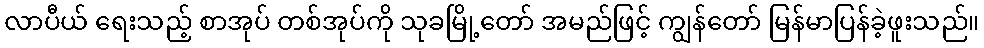
လာပီယ် ရေးသည့် စာအုပ် တစ်အုပ်ကို သုခမြို့တော် အမည်ဖြင့် ကျွန်တော် မြန်မာပြန်ခဲ့ဖူးသည်။